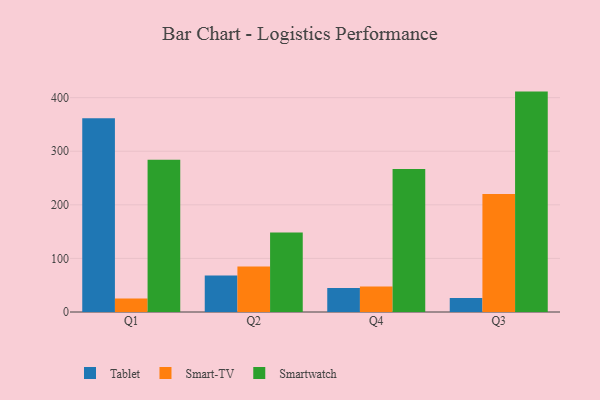
{"axis": {"x": "Quarter", "y": "Tickets Resolved"}, "legend": ["Smart-TV", "Smartwatch", "Tablet"], "data": [{"x": "Q1", "y": 361.5, "type": "Tablet"}, {"x": "Q1", "y": 25.2, "type": "Smart-TV"}, {"x": "Q1", "y": 283.9, "type": "Smartwatch"}, {"x": "Q2", "y": 68.0, "type": "Tablet"}, {"x": "Q2", "y": 84.8, "type": "Smart-TV"}, {"x": "Q2", "y": 148.2, "type": "Smartwatch"}, {"x": "Q4", "y": 44.8, "type": "Tablet"}, {"x": "Q4", "y": 47.6, "type": "Smart-TV"}, {"x": "Q4", "y": 266.8, "type": "Smartwatch"}, {"x": "Q3", "y": 25.9, "type": "Tablet"}, {"x": "Q3", "y": 220.1, "type": "Smart-TV"}, {"x": "Q3", "y": 411.3, "type": "Smartwatch"}]}